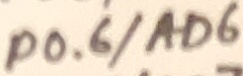
Text: P0.6/AD6